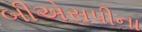
બીએસપીના